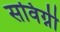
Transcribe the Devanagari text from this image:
सविग्नी